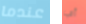
عندما أي